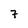
Character: 7